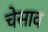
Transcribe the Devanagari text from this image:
चेसाव